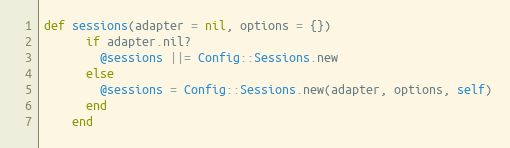
Language: Ruby
def sessions(adapter = nil, options = {})
      if adapter.nil?
        @sessions ||= Config::Sessions.new
      else
        @sessions = Config::Sessions.new(adapter, options, self)
      end
    end